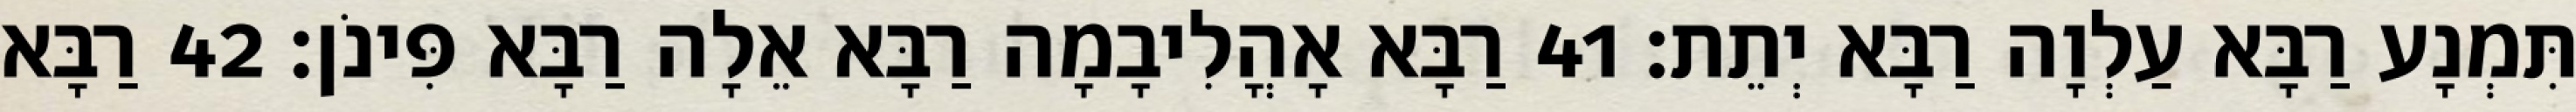
תִּמְנָע רַבָּא עַלְוָה רַבָּא יְתֵת׃ 41 רַבָּא אָהֳלִיבָמָה רַבָּא אֵלָה רַבָּא פִּינֹן׃ 42 רַבָּא